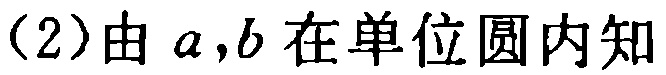
（2）由 \(a,b\) 在单位圆内知